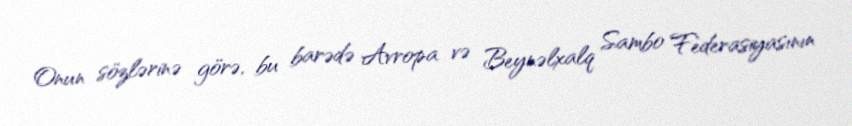
Onun sözlərinə görə, bu barədə Avropa və Beynəlxalq Sambo Federasiyasının